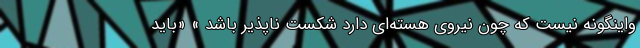
واینگونه نیست که چون نیروی هسته‌ای دارد شکست ناپذیر باشد » «باید